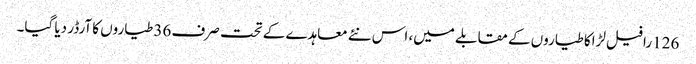
126 رافیل لڑاکا طیاروں کے مقابلے میں، اس نئے معاہدے کے تحت صرف 36 طیاروں کا آرڈر دیا گیا۔